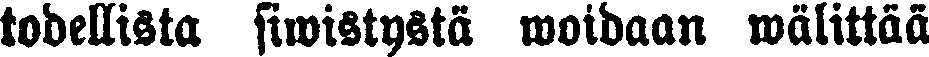
todellista siwistystä woidaan wälittää